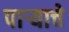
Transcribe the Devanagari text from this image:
पाऱ्याचे